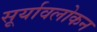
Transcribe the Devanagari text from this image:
सूर्यावलोकन